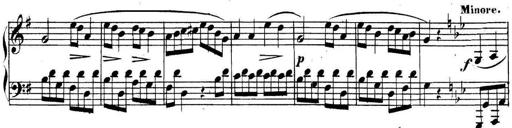
Title: Collected Piano Sonatas
Composer: Muzio Clementi